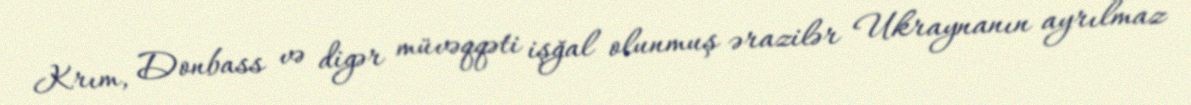
Krım, Donbass və digər müvəqqəti işğal olunmuş ərazilər Ukraynanın ayrılmaz